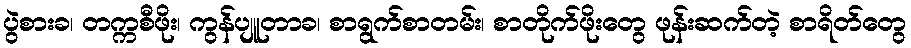
ပွဲစားခ၊ တက္ကစီဖိုး၊ ကွန်ပျူတာခ၊ စာရွက်စာတမ်း၊ စာတိုက်ဖိုးတွေ ဖုန်းဆက်တဲ့ စာရိတ်တွေ